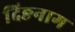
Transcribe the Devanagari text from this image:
दिङनाग